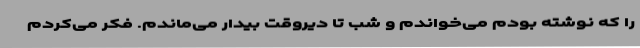
را که نوشته بودم می‌خواندم و شب تا دیروقت بیدار می‌ماندم. فکر می‌کردم